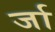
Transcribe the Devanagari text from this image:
र्जा